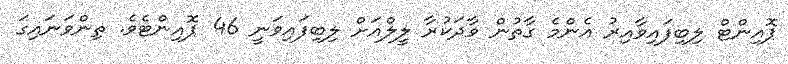
ޕޮއިންޓް ލިބިފައިވާއިރު އެންމެ ގާތުން ވާދަކުރާ ލީލްއަށް ލިބިފައިވަނީ 46 ޕޮއިންޓެވެ. ތިންވަނައިގަ